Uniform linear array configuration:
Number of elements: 32
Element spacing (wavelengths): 0.75
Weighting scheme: uniform
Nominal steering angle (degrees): -30
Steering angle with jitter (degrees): -29.717
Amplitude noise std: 0.05
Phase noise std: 0.05

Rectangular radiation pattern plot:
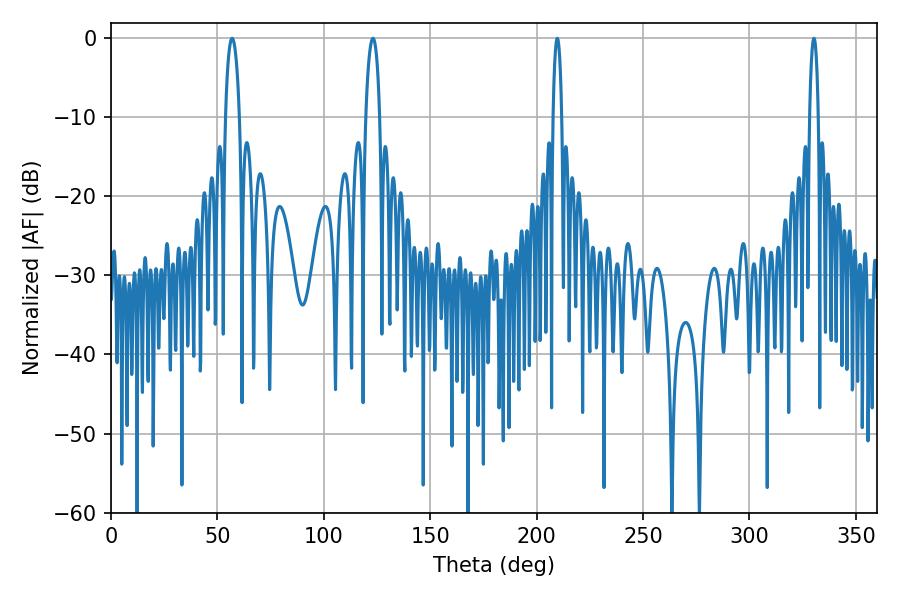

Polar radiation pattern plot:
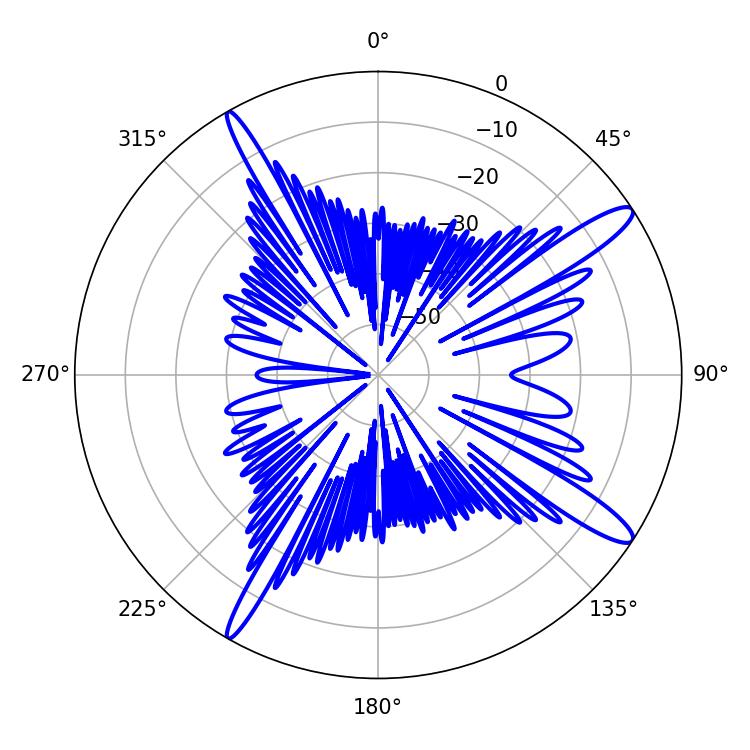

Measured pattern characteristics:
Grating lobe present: TRUE
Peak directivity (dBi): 13.972
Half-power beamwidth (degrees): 2.16
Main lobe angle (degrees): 209.7